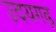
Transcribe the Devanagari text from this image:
उदयगढ़